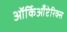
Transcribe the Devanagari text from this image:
ऑर्किआँप्टेरिक्स